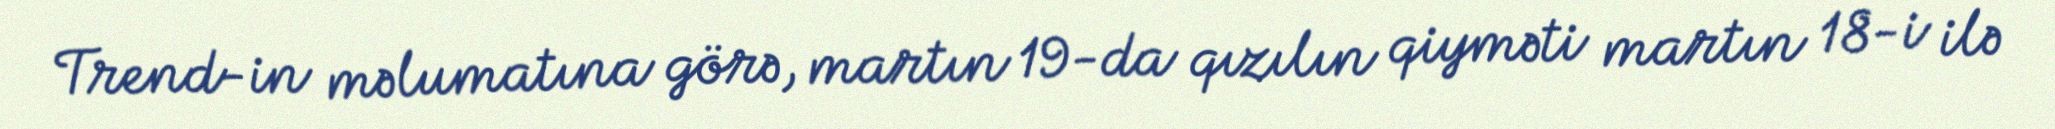
Trend-in məlumatına görə, martın 19-da qızılın qiyməti martın 18-i ilə